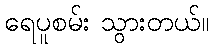
ရေပူစမ်း သွားတယ်။